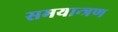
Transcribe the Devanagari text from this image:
समयान्त्रण